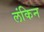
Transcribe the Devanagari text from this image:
लंकिन